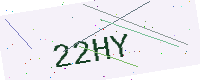
Text: 22HY